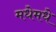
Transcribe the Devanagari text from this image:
मधेमधे